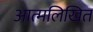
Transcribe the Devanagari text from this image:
आत्मलिखित